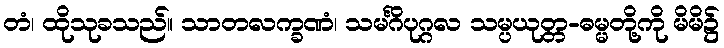
တံ၊ ထိုသုခသည်။ သာတလက္ခဏံ၊ သမင်္ဂိပုဂ္ဂလ သမ္ပယုတ္တ-ဓမ္မတို့ကို မိမိ၌